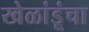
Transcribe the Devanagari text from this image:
खेळांडूंचा